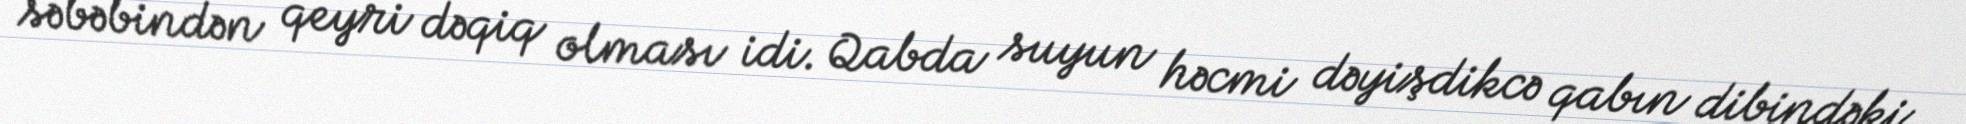
səbəbindən qeyri dəqiq olması idi. Qabda suyun həcmi dəyişdikcə qabın dibindəki